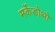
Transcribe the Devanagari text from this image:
मर्केडोथो